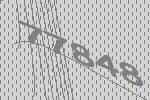
77848